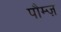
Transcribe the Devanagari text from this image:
पौम्ज़